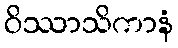
ဝိဿာသိကာနံ